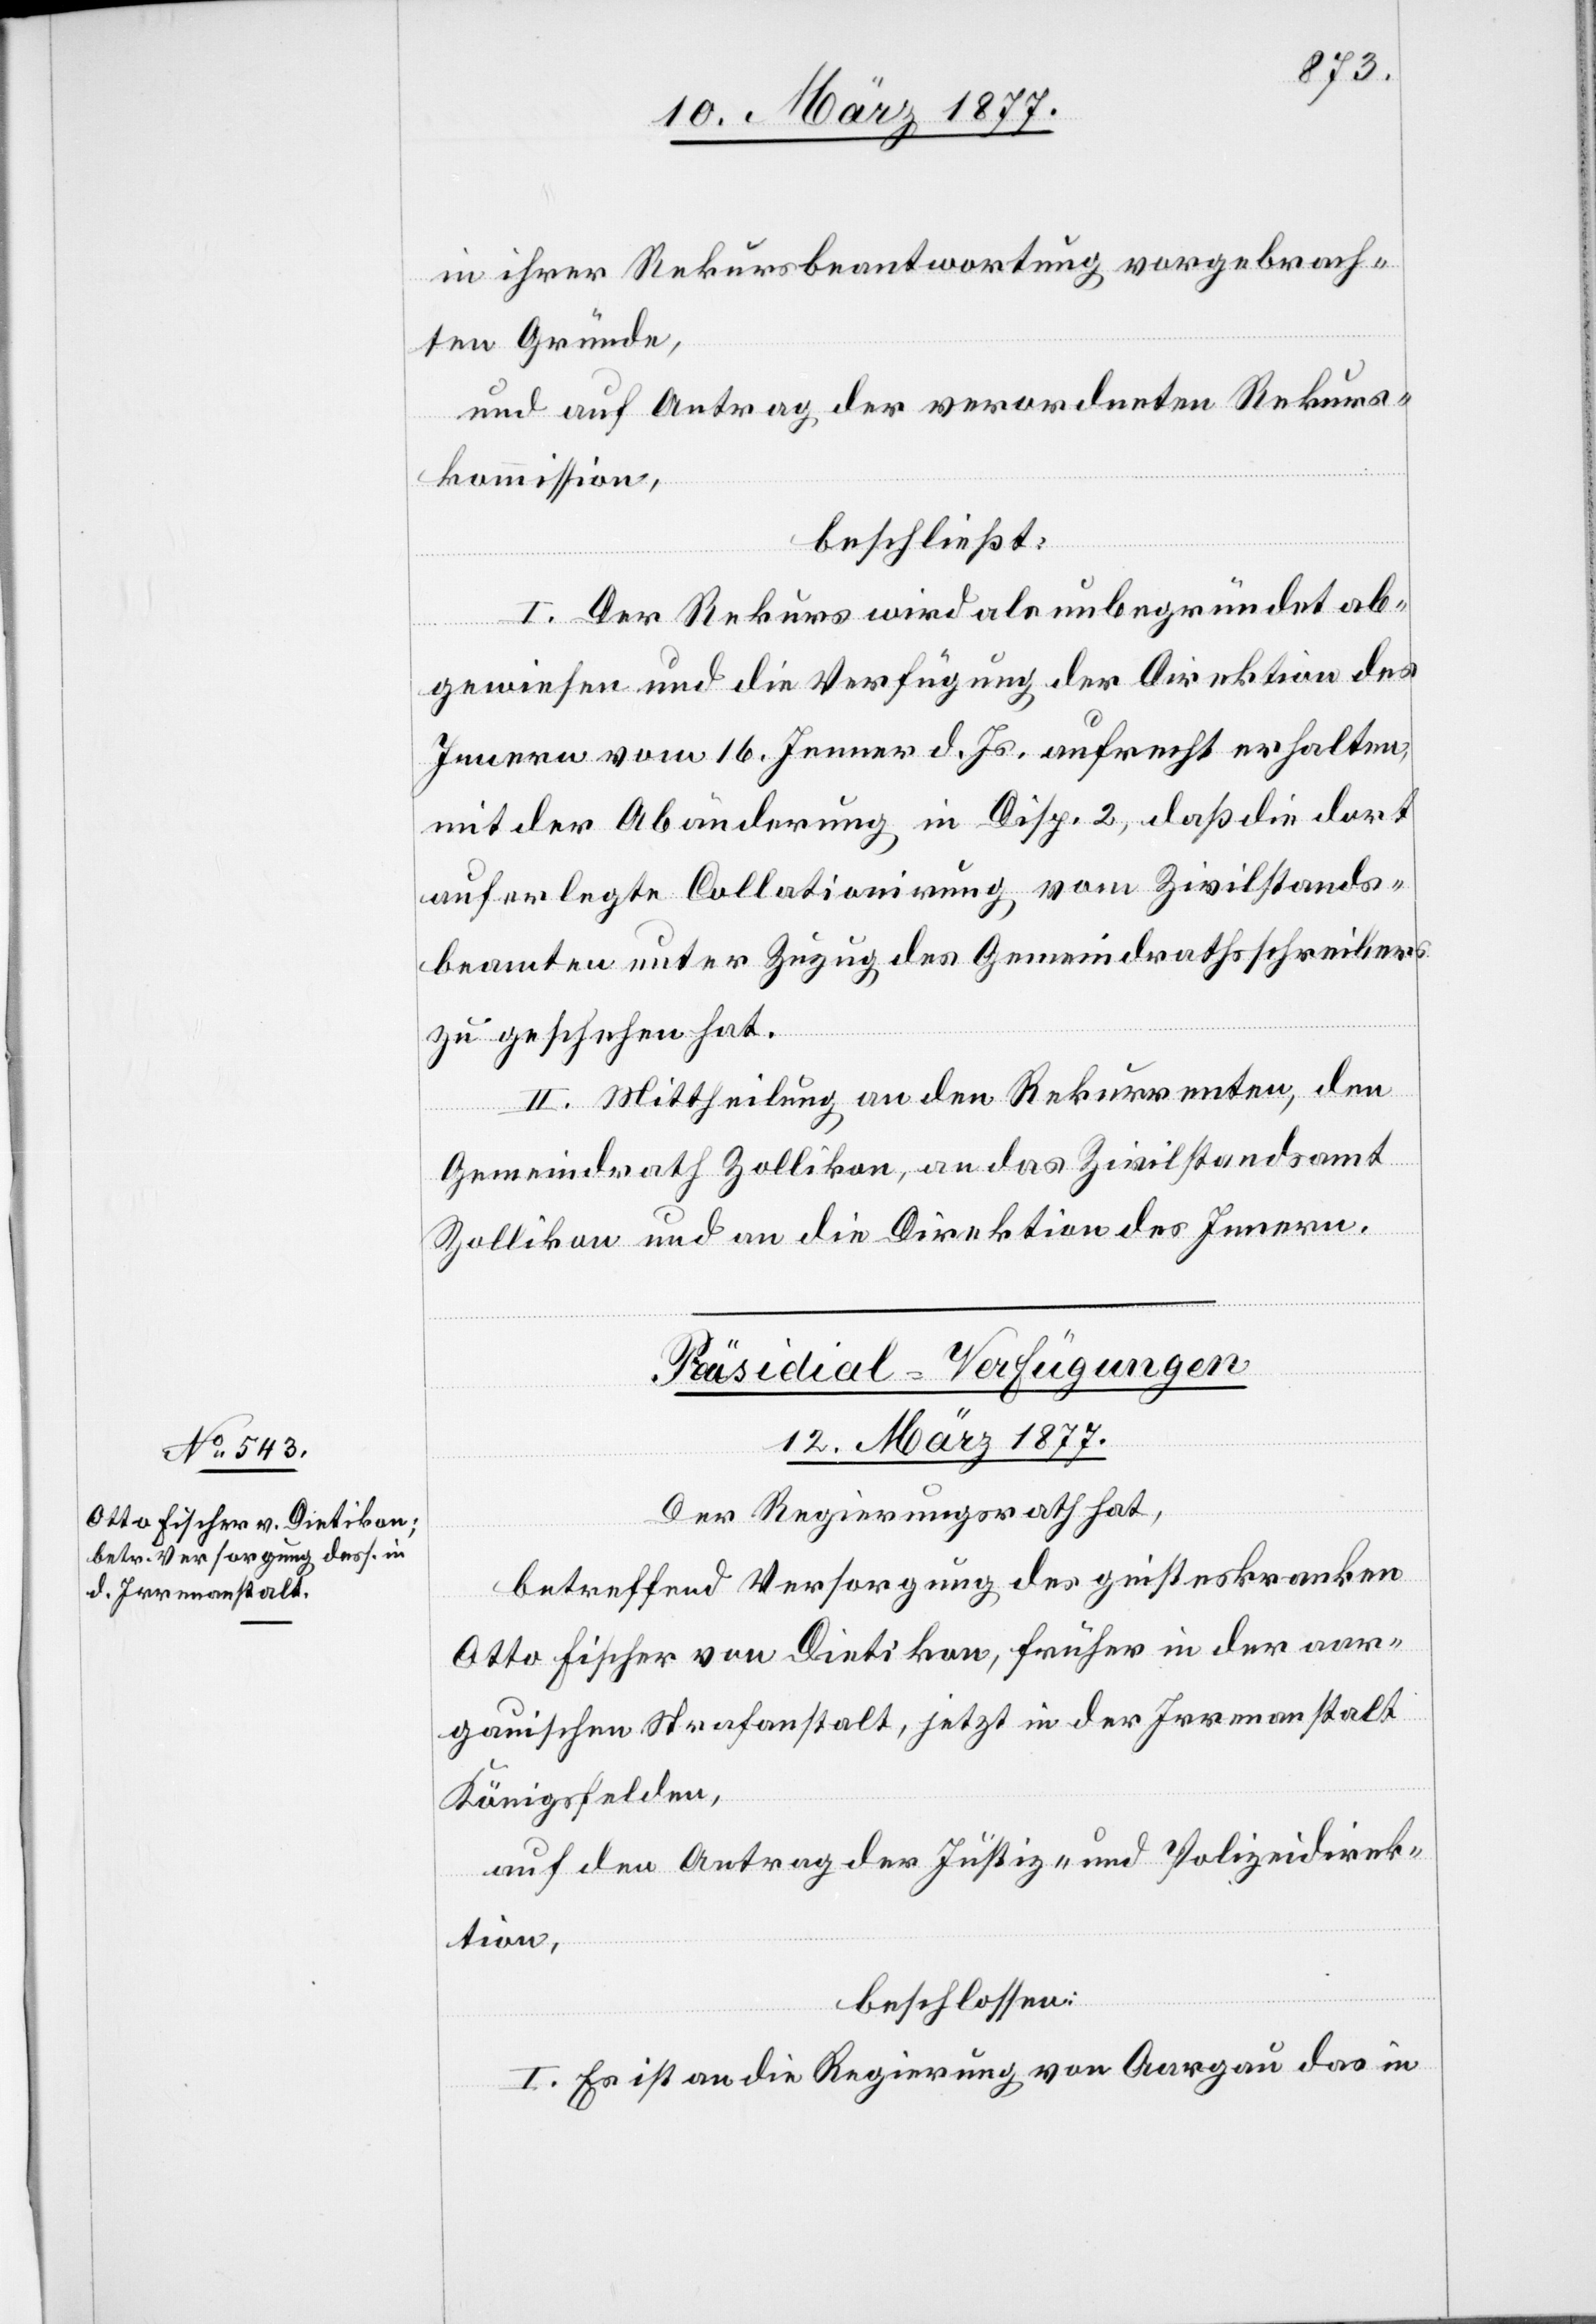
in ihrer Rekursbeantwortung vorgebrach¬
ten Gründe,
und auf Antrag der verordneten Rekurs¬
kommission,
beschließt:
I. Der Rekurs wird als unbegründet ab¬
gewiesen und die Verfügung der Direktion des
Innern vom 16. Jenner d. Js. aufrecht erhalten,
mit der Abänderung in Disp. 2, daß die dort
auferlegte Collationirung vom Zivilstands¬
beamten unter Zuzug des Gemeindrathsschreibers
zu geschehen hat.
II. Mittheilung an den Rekurrenten, den
Gemeindrath Zollikon, an das Zivilstandsamt
Zollikon und an die Direktion des Innern.
Präsidial-Verfügungen
12. März 1877.
Der Regierungsrath hat,
betreffend Versorgung des geisteskranken
Otto Fischer von Dietikon, früher in der aar¬
gauischen Strafanstalt, jetzt in der Irrenanstalt
Königsfelden,
auf den Antrag der Justiz- und Polizeidirek¬
tion,
beschlossen:
I. Es ist an die Regierung von Aargau das in